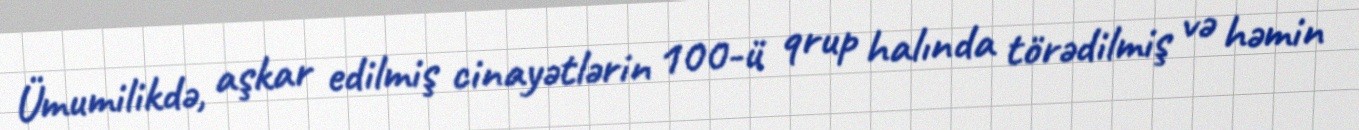
Ümumilikdə, aşkar edilmiş cinayətlərin 100-ü qrup halında törədilmiş və həmin